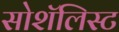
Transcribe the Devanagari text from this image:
सोशॅलिस्ट